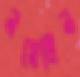
নয়েলিন